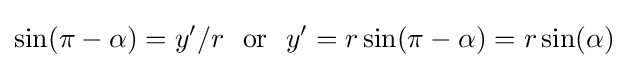
\sin(\pi -\alpha )=y'/r\ \ {\text{or}}\ \ y'=r\sin(\pi -\alpha )=r\sin(\alpha )